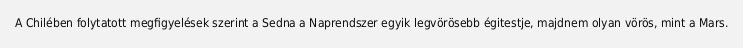
A Chilében folytatott megfigyelések szerint a Sedna a Naprendszer egyik legvörösebb égitestje, majdnem olyan vörös, mint a Mars.